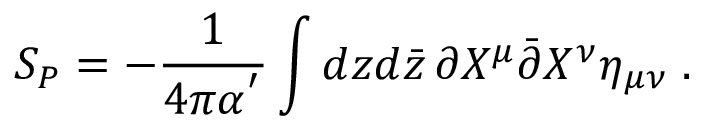
S _ { P } = - \frac { 1 } { 4 \pi \alpha ^ { ' } } \int d z d \bar { z } \, \partial X ^ { \mu } \bar { \partial } X ^ { \nu } \eta _ { \mu \nu } \; .